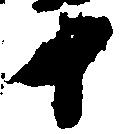
十